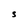
Character: S